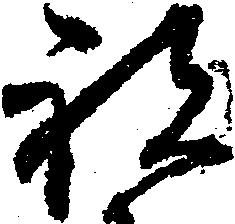
祝